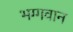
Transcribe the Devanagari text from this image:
भग्गवान